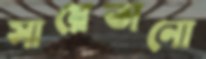
সায়েতানো